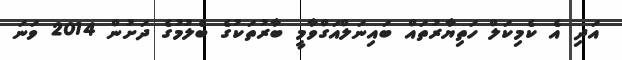
އަދި އެ ކެމިކަލް ހަތިޔާރުތައް ބައިނަލްއަގްވާމީ ބާރުތަކުގެ ބެލުމުގެ ދަށުން 2014 ވަނަ